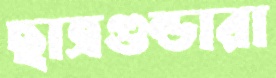
ছাত্রগুন্ডারা